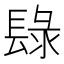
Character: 𨲒